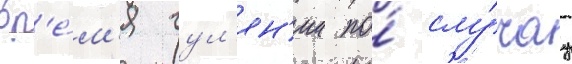
вр'е́м'я гул'ян'ии по́ слу́чау